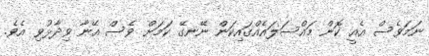
ނަމަވެސް އެއީ ކޮން މައްސަލައެއްގައިކަން ނޭނގޭ ކަމަށް ވެސް އޭނާ ވިދާޅުވި އެވެ.